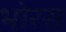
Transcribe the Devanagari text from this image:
भोरस